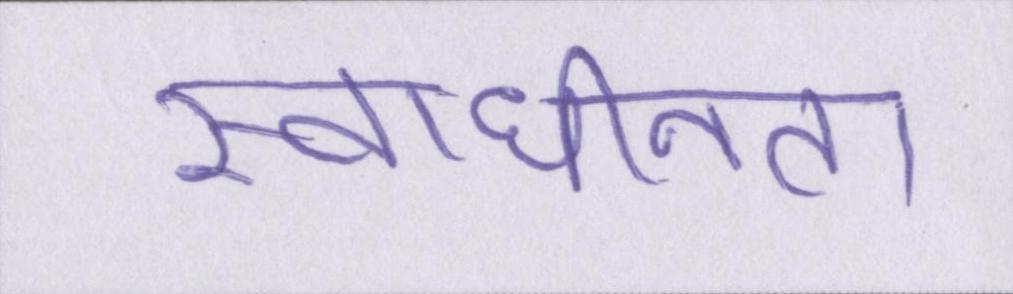
स्वाधीनता